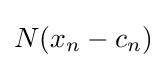
N(x_{n}-c_{n})